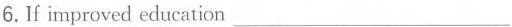
6.fimproved education___